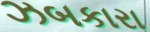
ઝબકારા